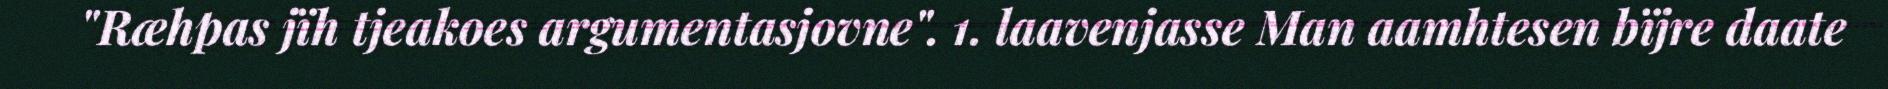
"Ræhpas jïh tjeakoes argumentasjovne". 1. laavenjasse Man aamhtesen bïjre daate